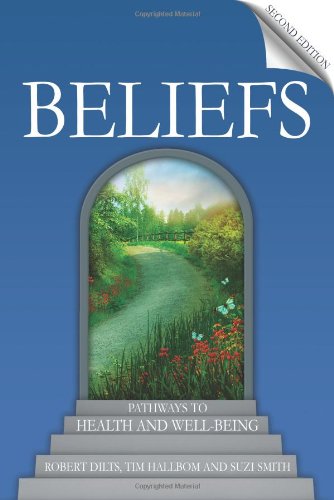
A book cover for Beliefs: Pathways to Health and Well-Being; Robert Dilts; Self-Help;